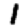
Digit: 1